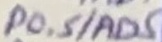
Text: P0.5/AD5